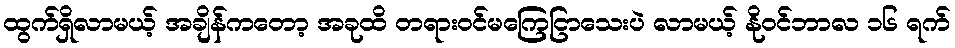
ထွက်ရှိလာမယ့် အချိန်ကတော့ အခုထိ တရားဝင်မကြေငြာသေးပဲ လာမယ့် နိုဝင်ဘာလ ၁၆ ရက်